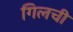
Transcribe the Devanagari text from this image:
गिलची